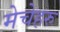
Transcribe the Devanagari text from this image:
मेचेहरु